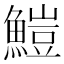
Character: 䱺